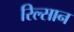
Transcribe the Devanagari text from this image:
रिल्सान